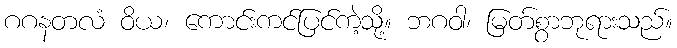
ဂဂနတလံ ဝိယ၊ ကောင်းကင်ပြင်ကဲ့သို့။ ဘဂဝါ၊ မြတ်စွာဘုရားသည်။